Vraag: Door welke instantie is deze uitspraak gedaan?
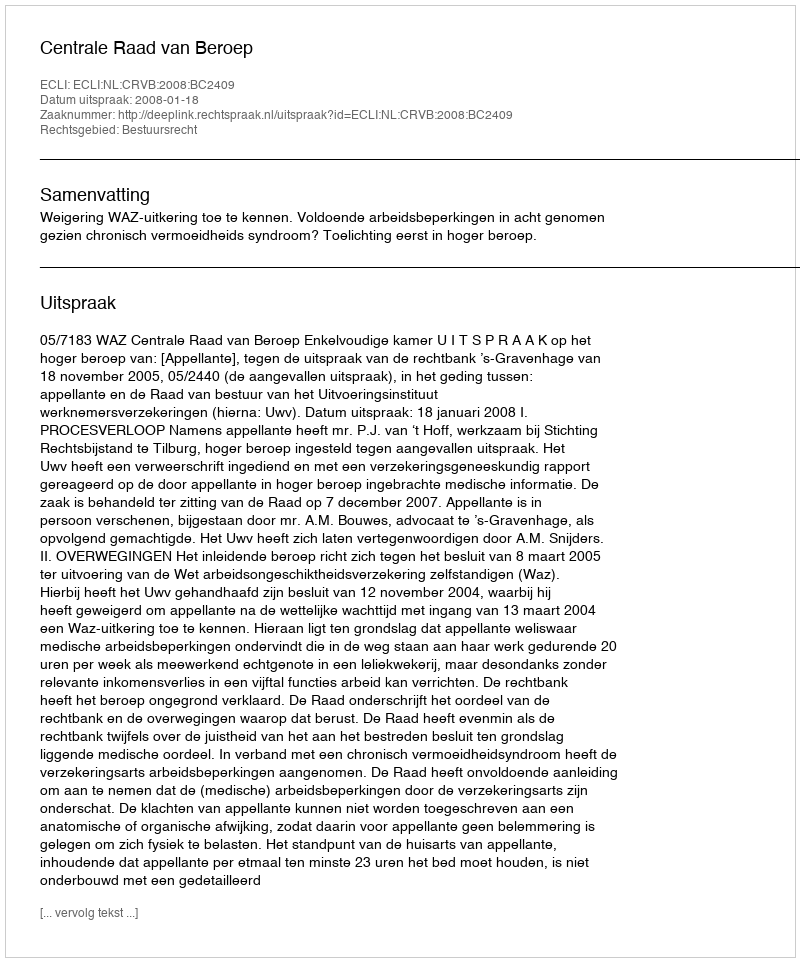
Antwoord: Centrale Raad van Beroep